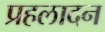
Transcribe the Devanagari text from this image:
प्रहलादन